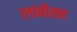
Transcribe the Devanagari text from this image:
लांबीसह